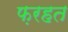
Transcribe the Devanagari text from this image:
फ़रहत